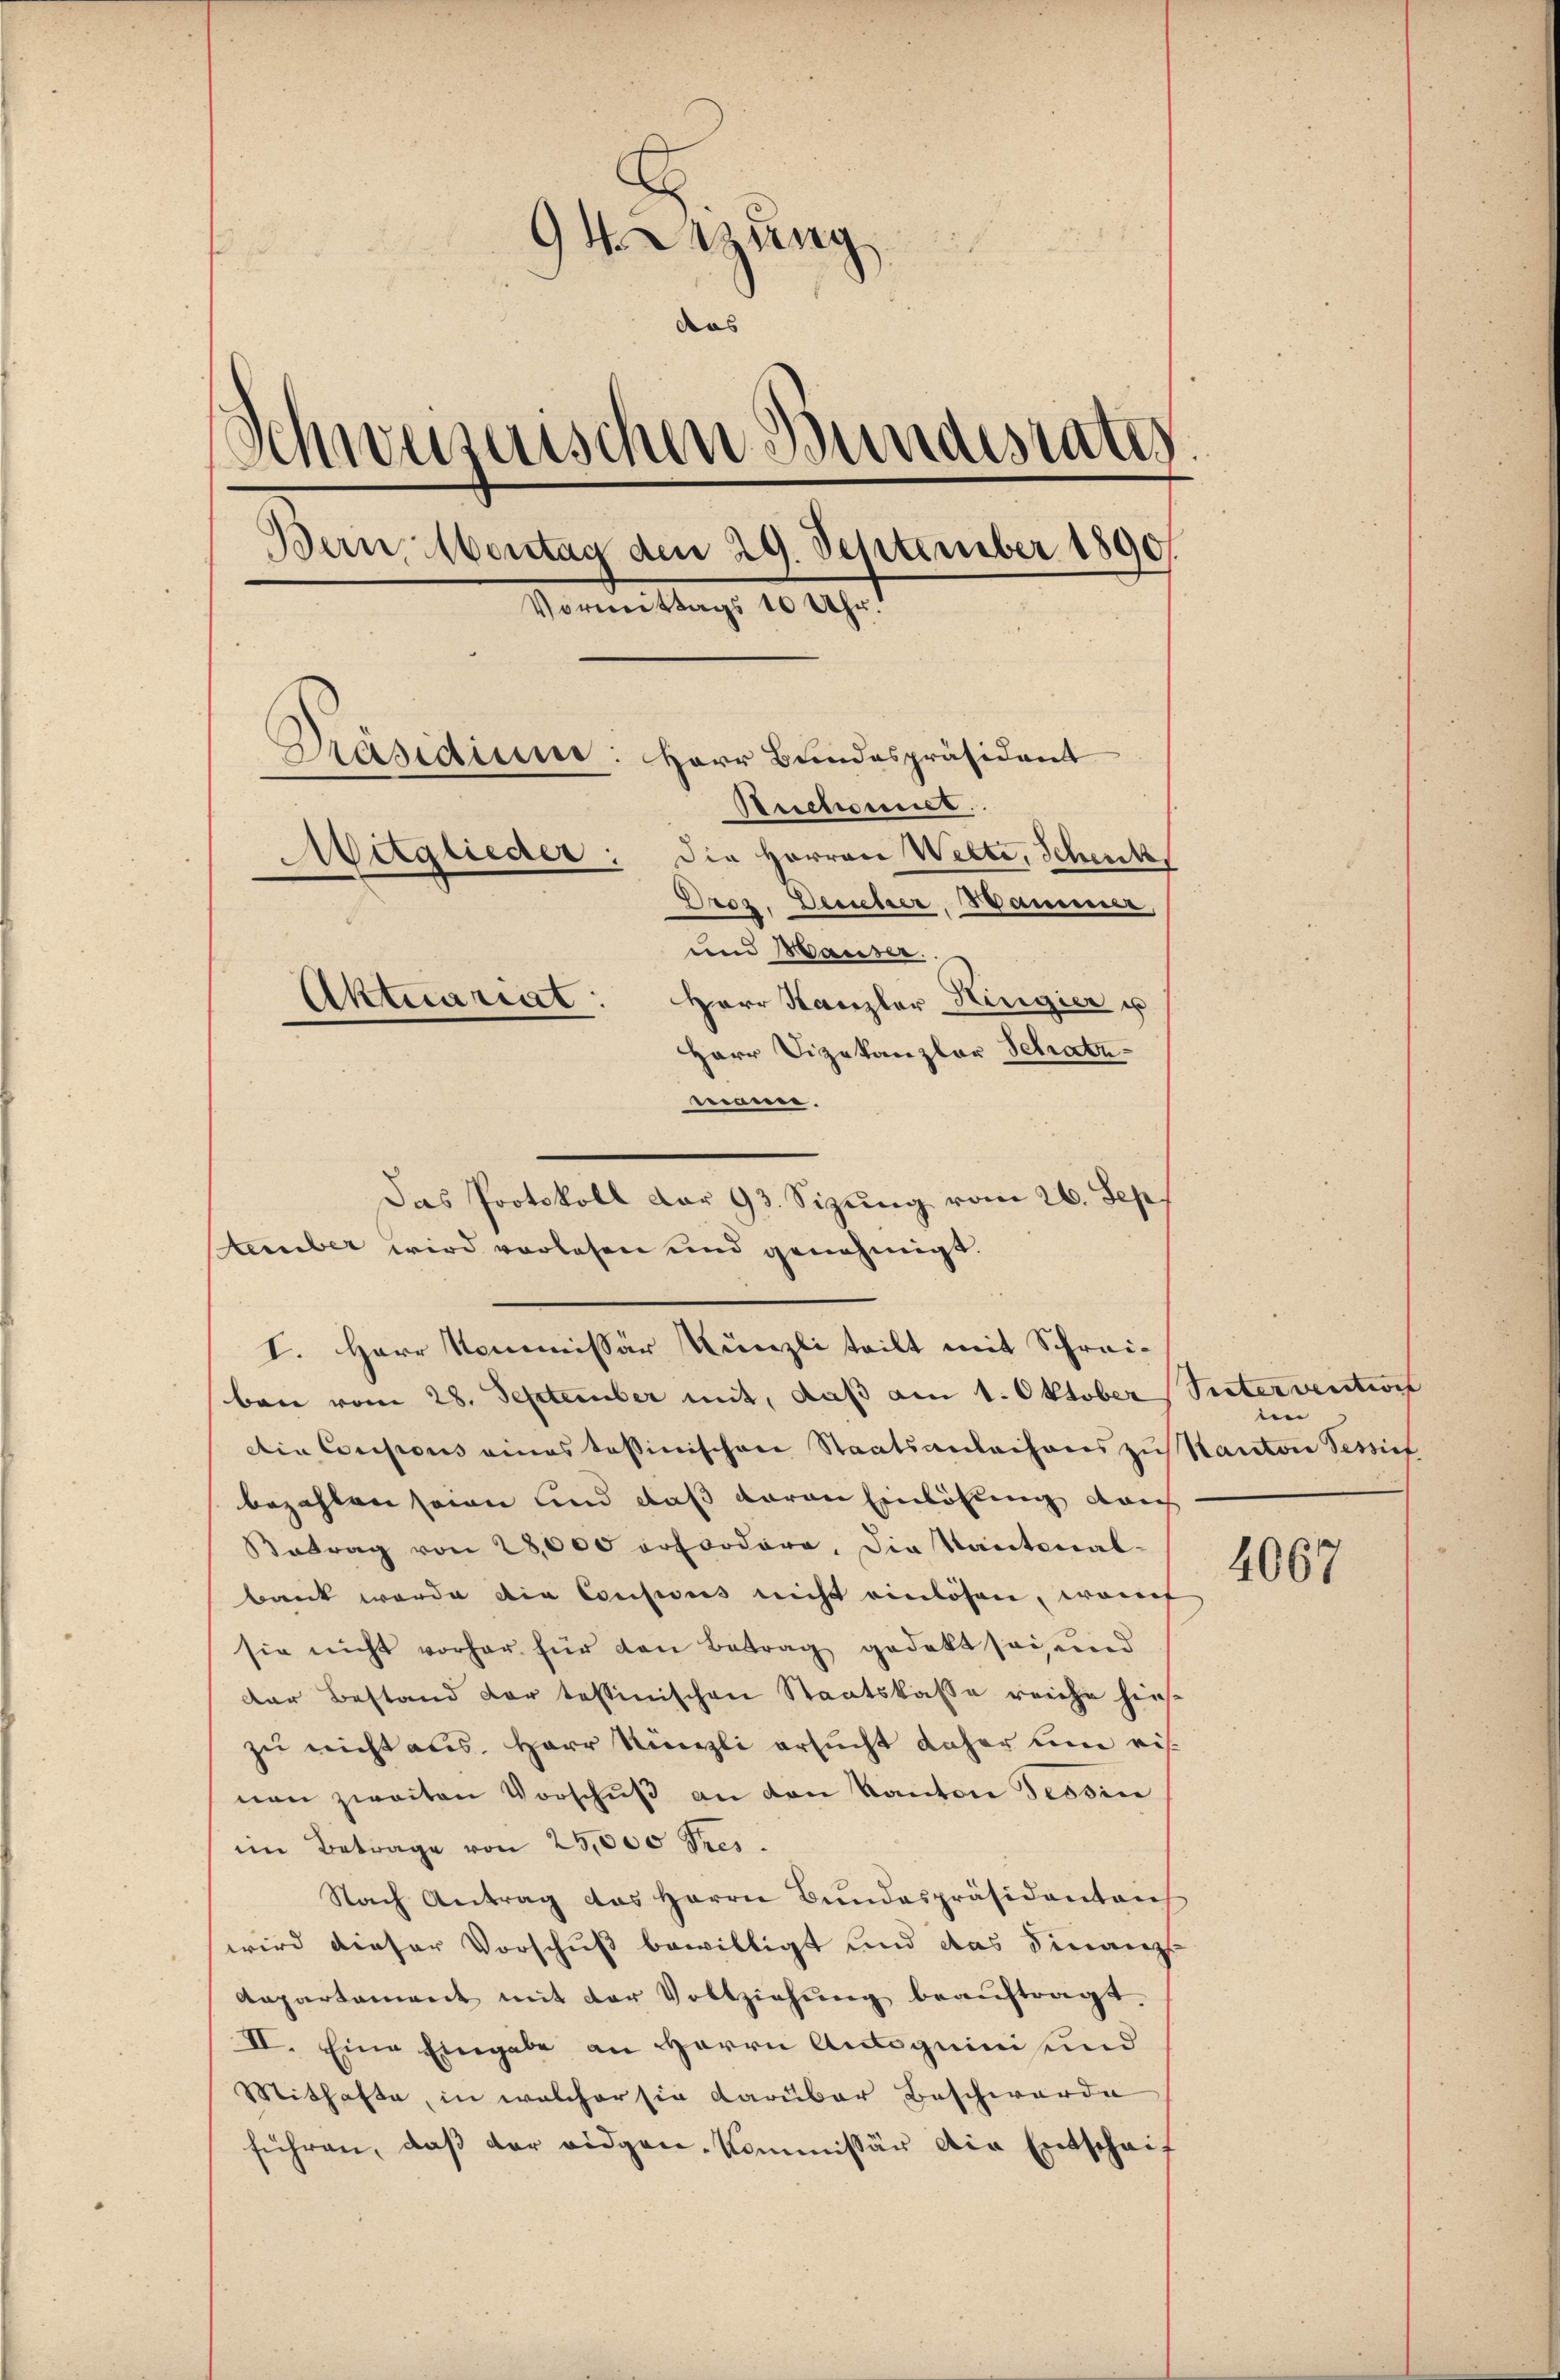
94. Sitzung
das
Schweizerischen Bundesrates
Bern, Montag den 29. September 1890.
Vormittags 10 Uhr.
Präsidium: Herr Bundespräsident
Reichsmit
Mitglieder: die Herren Welte, Schenk
Droz. Derseher, Hammer,
und Hauser.
Aktecariat: Herr Kanzler Hirigier u
Herr Vizekanzlar Schatz
mann.

ben vom 28. September mit, daß am 1. Oktober
Ain Coupons eines tessinischen Staatsanlachens zu Kanton Sessief
bezahlen seinen und daß davon Einlöhlung durch
Betrag von 28,000 erfordere, die Kantonal-
bank wurde die Cousicus nicht einlösen, wonf
sie nicht vorher für den Betrag gedekt sei, und
dar Bestand der tessinischen Staatskasse reiche hies
zu nicht aus. Herr Künzli ersucht daher um eisnen zweiten Vorschŭβ an den Kanton Tessin
im Betrage von 25,000 Pres.
Nach Antrag des Herrn Bŭndespräsidentens
wird dieser Vorschuß bewilligt und das Finanz
Aepartement mit der Vollziehung beauftragt.
II. Eine Eingabe an Herrn Antoguini und
Mithafte, in welcher sie darüber Beschwerde
führen, daß der eidgen-Kommissär die Entschaif

Das Protokoll dar 93. Sizung vom 26. Sept
Stember wird vorlesen und genehmigt.
I. Herr Kommissär Künzli teilt mit Schrei¬

Vater ventions
e

4067